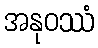
အနုဝဿံ